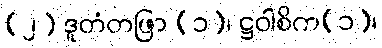
(၂) ဒူတံတဖြာ (၁)၊ ဋ္ဌဝါစိက(၁)၊